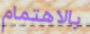
بالاهتمام